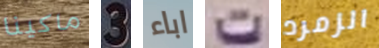
ماكينا 3 اباء ت الزمرد